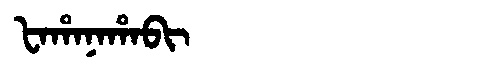
Manchu: ᡶᠠᡥᠠᠨᠠᡥᠠᠪᡳ
Romanization: FAHANAHABI